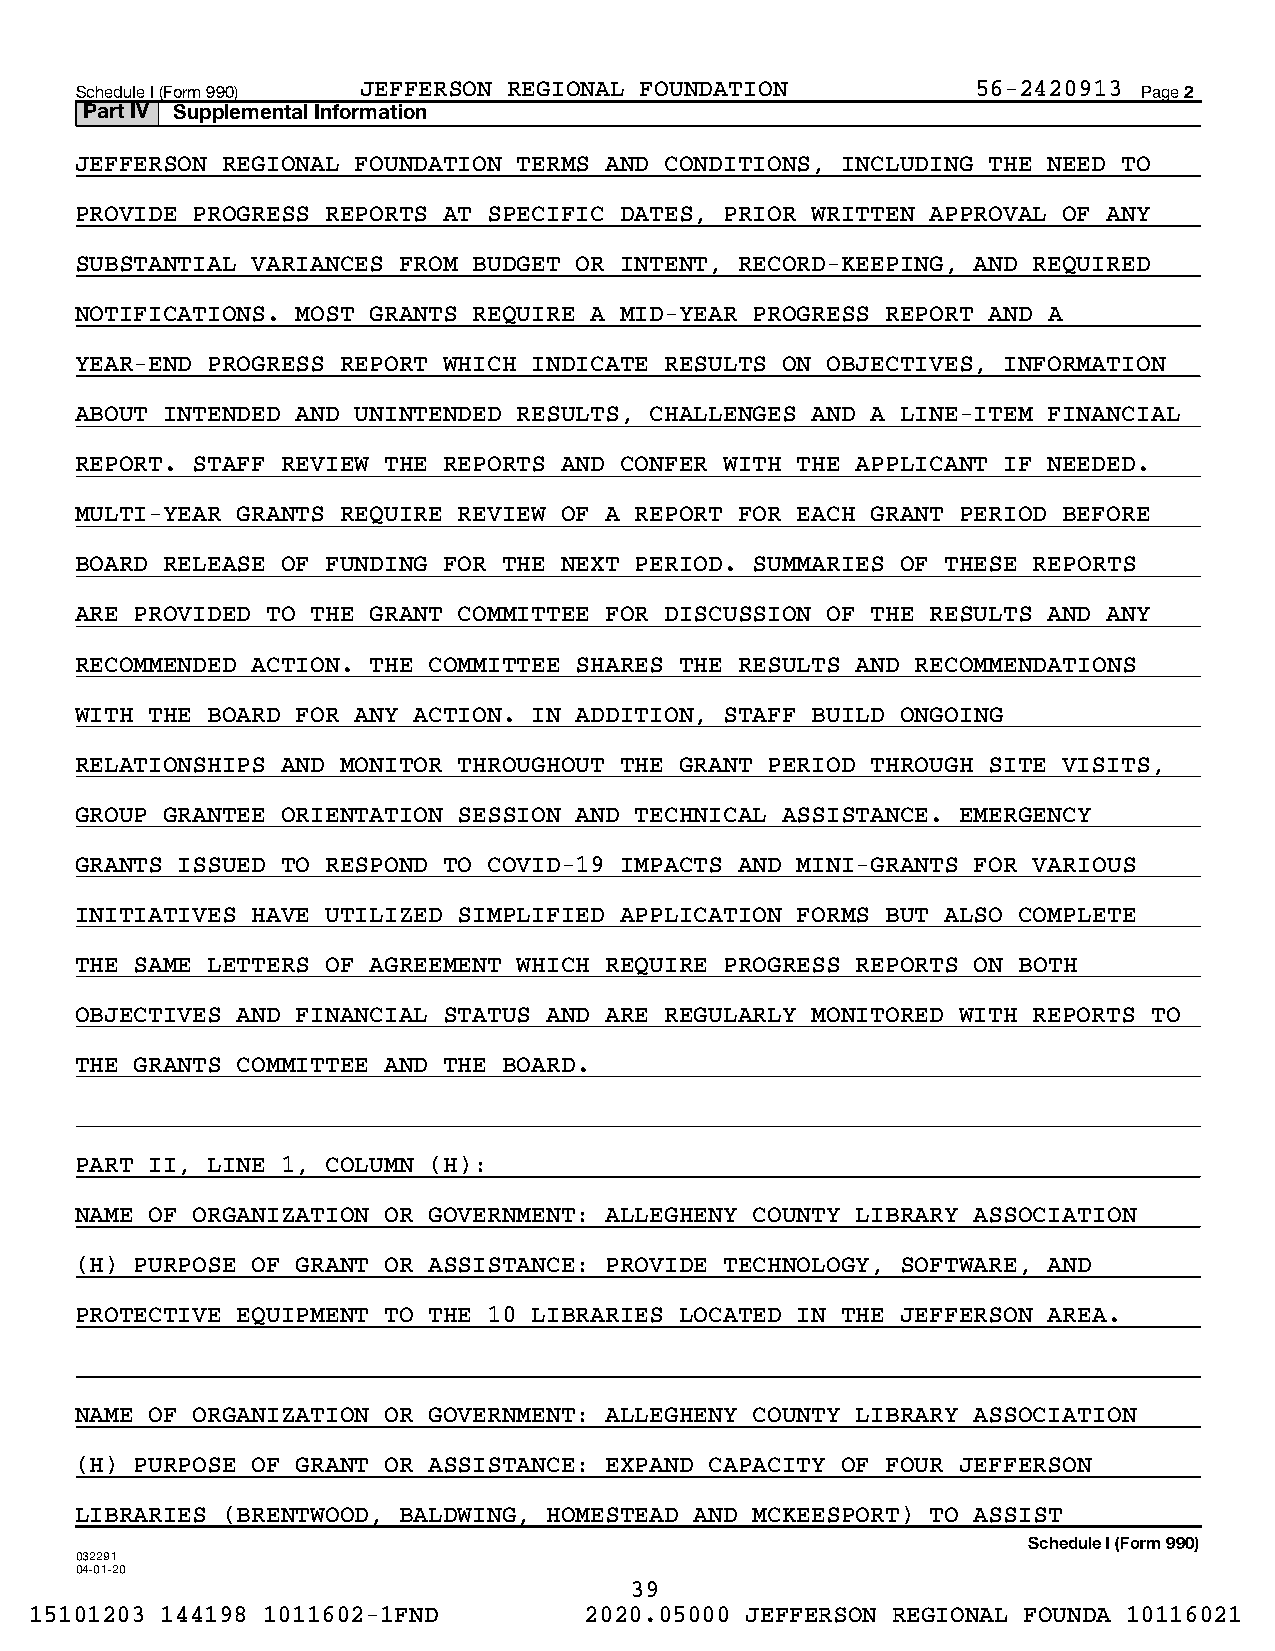
Schedule I (Form 990) JEFFERSON REGIONAL FOUNDATION         56-2420913 Page 2
 Part IV Supplemental Information
 JEFFERSON REGIONAL FOUNDATION TERMS AND CONDITIONS, INCLUDING THE NEED TO
 PROVIDE PROGRESS REPORTS AT SPECIFIC DATES, PRIOR WRITTEN APPROVAL OF ANY
 SUBSTANTIAL VARIANCES FROM BUDGET OR INTENT, RECORD-KEEPING, AND REQUIRED
 NOTIFICATIONS. MOST GRANTS REQUIRE A MID-YEAR PROGRESS REPORT AND A
 YEAR-END PROGRESS REPORT WHICH INDICATE RESULTS ON OBJECTIVES, INFORMATION
 ABOUT INTENDED AND UNINTENDED RESULTS, CHALLENGES AND A LINE-ITEM FINANCIAL
 REPORT. STAFF REVIEW THE REPORTS AND CONFER WITH THE APPLICANT IF NEEDED.
 MULTI-YEAR GRANTS REQUIRE REVIEW OF A REPORT FOR EACH GRANT PERIOD BEFORE
 BOARD RELEASE OF FUNDING FOR THE NEXT PERIOD. SUMMARIES OF THESE REPORTS
 ARE PROVIDED TO THE GRANT COMMITTEE FOR DISCUSSION OF THE RESULTS AND ANY
 RECOMMENDED ACTION. THE COMMITTEE SHARES THE RESULTS AND RECOMMENDATIONS
 WITH THE BOARD FOR ANY ACTION. IN ADDITION, STAFF BUILD ONGOING
 RELATIONSHIPS AND MONITOR THROUGHOUT THE GRANT PERIOD THROUGH SITE VISITS,
 GROUP GRANTEE ORIENTATION SESSION AND TECHNICAL ASSISTANCE. EMERGENCY
 GRANTS ISSUED TO RESPOND TO COVID-19 IMPACTS AND MINI-GRANTS FOR VARIOUS
 INITIATIVES HAVE UTILIZED SIMPLIFIED APPLICATION FORMS BUT ALSO COMPLETE
 THE SAME LETTERS OF AGREEMENT WHICH REQUIRE PROGRESS REPORTS ON BOTH
 OBJECTIVES AND FINANCIAL STATUS AND ARE REGULARLY MONITORED WITH REPORTS TO
 THE GRANTS COMMITTEE AND THE BOARD.
 PART II, LINE 1, COLUMN (H):
 NAME OF ORGANIZATION OR GOVERNMENT: ALLEGHENY COUNTY LIBRARY ASSOCIATION
 (H) PURPOSE OF GRANT OR ASSISTANCE: PROVIDE TECHNOLOGY, SOFTWARE, AND
 PROTECTIVE EQUIPMENT TO THE 10 LIBRARIES LOCATED IN THE JEFFERSON AREA.
 NAME OF ORGANIZATION OR GOVERNMENT: ALLEGHENY COUNTY LIBRARY ASSOCIATION
 (H) PURPOSE OF GRANT OR ASSISTANCE: EXPAND CAPACITY OF FOUR JEFFERSON
 LIBRARIES (BRENTWOOD, BALDWING, HOMESTEAD AND MCKEESPORT) TO ASSIST
 Schedule I (Form 990)
 032291
 04-01-20
 39
 15101203 144198 1011602-1FND         2020.05000 JEFFERSON REGIONAL FOUNDA 10116021